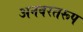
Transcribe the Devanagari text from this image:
अनवरतरूप